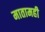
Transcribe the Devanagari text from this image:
मातामही